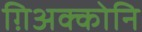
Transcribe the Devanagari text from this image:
ग़िअक्कोनि